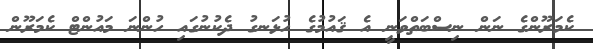
ކެމަރޫންގެ ނަން ނިސްބަތްވަނީ އެ ޤައުމުގެ ހުޅަނގު ދެކުނުގައި ހުންނަ މައުންޓް ކެމަރޫން